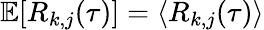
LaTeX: \mathbb{E}[R_{k,j}(\tau)]=\langle R_{k,j}(\tau)\rangle